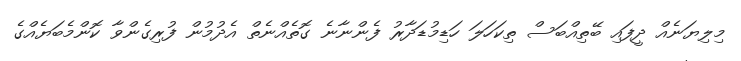
މިލިޔަނެއް ދީފައި ބޭތިއްބަސް ތިކަހަލަ ހަޑިމުޑަދާރު ފެންނާނެ ގޮތެއްނެތް އެދުމުން ފުރިގެންވާ ކޮންމެބަޔެއްގެ